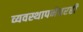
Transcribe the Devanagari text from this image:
व्यवस्थापनेवरही